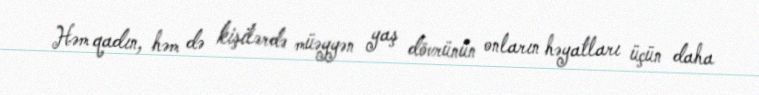
Həm qadın, həm də kişilərdə müəyyən yaş dövrünün onların həyatları üçün daha